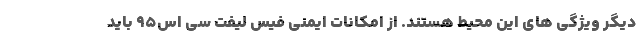
دیگر ویژگی های این محیط هستند. از امکانات ایمنی فیس لیفت سی اس95 باید